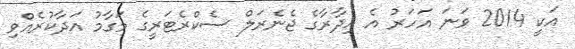
އަކީ 2014 ވަނަ އަހަރު އެ އިދާރާގެ ޖެނެރަލް ސެކްރެޓަރީގެ މަގާމު އަދާކުރެއްވި